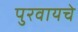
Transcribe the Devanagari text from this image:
पुरवायचे